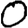
Digit: 0